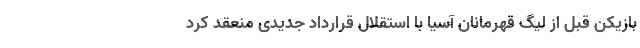
بازیکن قبل از لیگ قهرمانان آسیا با استقلال قرارداد جدیدی منعقد کرد